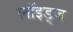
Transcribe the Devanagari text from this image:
लॉइड्ज